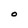
Character: O